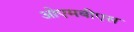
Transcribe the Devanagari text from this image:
ओएमबीएस